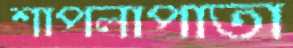
শাপলাপাতা